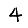
Digit: 4